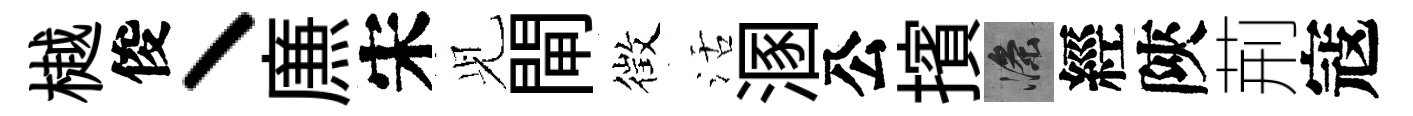
樾俊丶㢘宋𫤗閘徴活溷公擯滌經陝荊寇